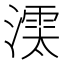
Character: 𣾱